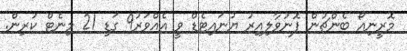
މޮރީނިއޯ ބެންޗުން ފޮނުވާލިއިރު ޔުނައިޓެޑް ވީ އެއްވަރު9 ގަޑި 21 މިނެޓް ކުރިން.